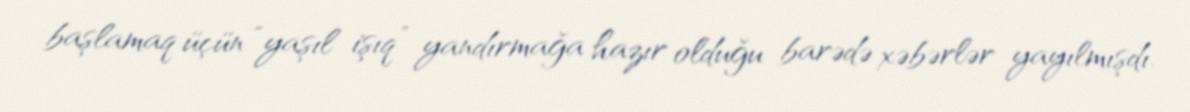
başlamaq üçün “yaşıl işıq” yandırmağa hazır olduğu barədə xəbərlər yayılmışdı.